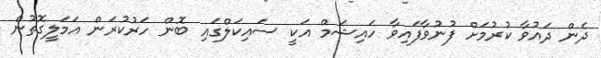
ދެން ދައުވާ ކުރުމަށް ފުނުވާފައިވާ ހައިޝަމް އަކީ ސައިކަލްގައި ބޮން ހަރުކުރަން އަމަލީގޮތުން